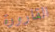
القارورة